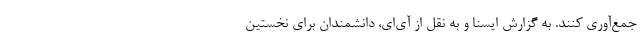
جمع‌آوری کنند. به گزارش ایسنا و به نقل از آی‌ای، دانشمندان برای نخستین